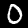
Label: 0